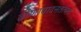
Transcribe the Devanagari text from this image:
वीणावादनतत्परा